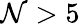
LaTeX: \mathcal{N}>5